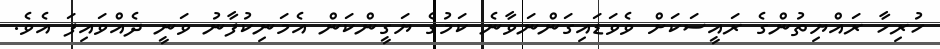
ހުރިހާ ރައްޔިތުންގެ ރައީސަކަށް ވެވަޑައިގަންނަވާނެ ކަމުގެ ޔަގީންކަން އެމަނިކުފާނު ވަނީ ދެއްވައިފަ އެވެ.